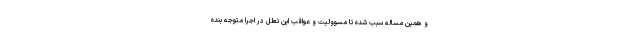
و همين مساله سبب شده تا مسووليت و عواقب اين تعلل در اجرا متوجه بنده